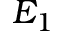
E _ { 1 }